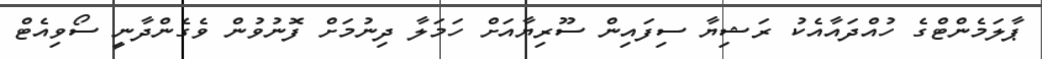
ޕާލަމެންޓްގެ ހުއްދައާއެކު ރަޝިޔާ ސިފައިން ސޫރިޔާއަށް ހަމަލާ ދިނުމަށް ފޮނުވުން ވެގެންދާނީ ސޯވިއެޓް